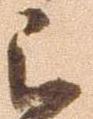
被